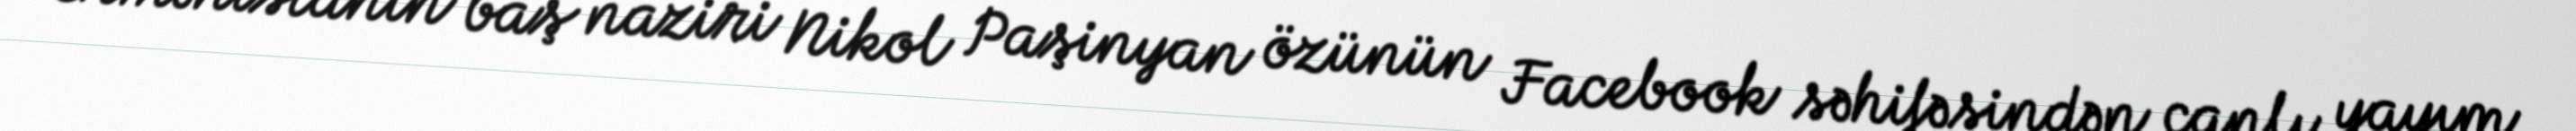
Ermənistanın baş naziri Nikol Paşinyan özünün Facebook səhifəsindən canlı yayım